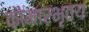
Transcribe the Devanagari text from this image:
कौमारभृत्‍य